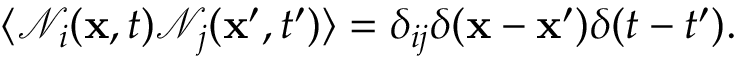
\langle \mathcal { N } _ { i } ( \mathbf { x } , t ) \mathcal { N } _ { j } ( \mathbf { x } ^ { \prime } , t ^ { \prime } ) \rangle = \delta _ { i j } \delta ( \mathbf { x } - \mathbf { x } ^ { \prime } ) \delta ( t - t ^ { \prime } ) .